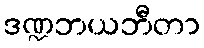
ဒဏ္ဍဘယဘီတာ